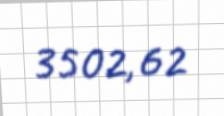
3502,62